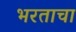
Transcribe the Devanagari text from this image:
भरताचा